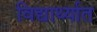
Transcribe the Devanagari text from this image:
विद्यार्थ्यात